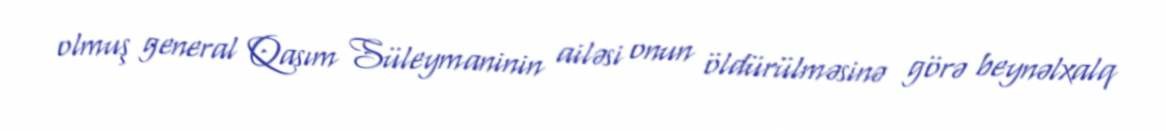
olmuş general Qasım Süleymaninin ailəsi onun öldürülməsinə görə beynəlxalq